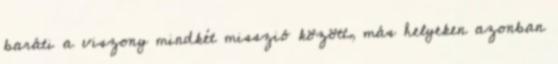
baráti a viszony mindkét misszió között, más helyeken azonban